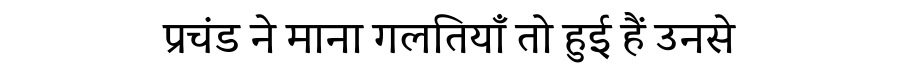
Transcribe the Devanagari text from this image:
प्रचंड ने माना गलतियाँ तो हुई हैं उनसे